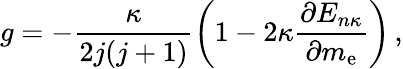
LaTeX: g=-\frac{\kappa}{2j(j+1)}\left(1-2\kappa\frac{\partial E_{n\kappa}}{\partial m_{\mathrm{e}}}\right)\, ,